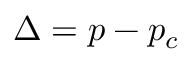
\Delta = p - p _ { c }